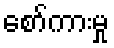
စော်ကားမှု